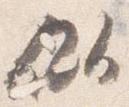
似